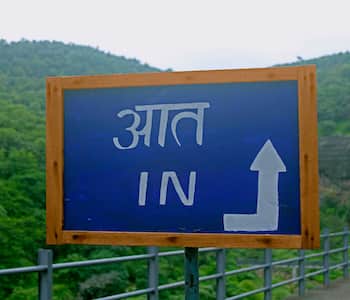
Language: marathi
Transcription: आत